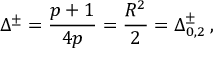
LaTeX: \Delta ^ { \pm } = \frac { p + 1 } { 4 p } = \frac { R ^ { 2 } } { 2 } = \Delta _ { 0 , 2 } ^ { \pm } \: ,